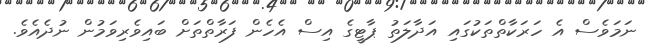
ނަމަވެސް އެ ހަރަކާތްތަކުގައި އަދާލަތު ޕާޓީގެ އިސް އެހެން ފަރާތްތަށް ބައިވެރިވަމުން ނުދެއެވެ.